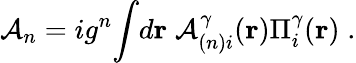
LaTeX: {\cal A}_{n}=ig^{n}{\int}d{\mathbf r}\; {\cal{A}}_{(n)i}^{\gamma}({\mathbf{r}})\Pi_{i}^{\gamma}({\mathbf{r}})\; .